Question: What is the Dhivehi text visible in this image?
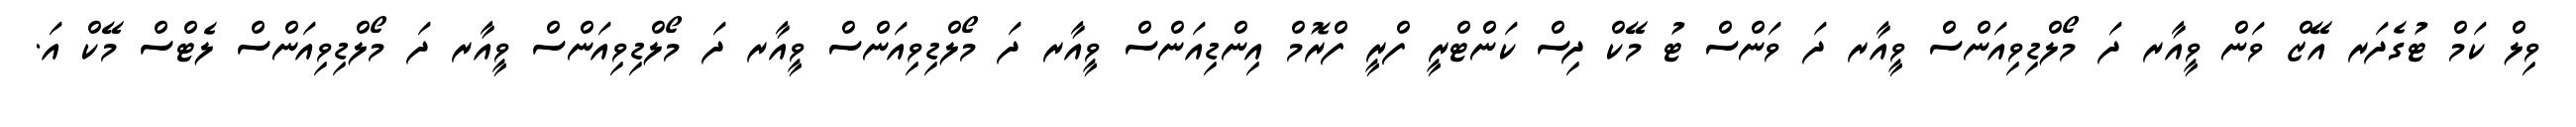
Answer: ވިލް ކަމް ޓުގެދަރ އޭޒް ވަން ވީއާރ ދަ މޯލްޑިވިއަންސް ވީއާރ ދަ ވަންސް ޓު މޭކް ދިސް ކަންޓްރީ ފްރީ ފްރޮމް އިންޑިއަންސް ވީއާރ ދަ މޯލްޑިވިއަންސް ވީއާރ ދަ މޯލްޑިވިއަންސް ވީއާރ ދަ މޯލްޑިވިއަންސް ލެޓްސް މޭކް އަ.